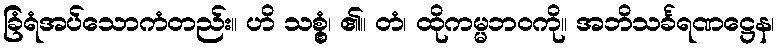
ခြံရံအပ်သောကံတည်း။ ဟိ သစ္စွံ၊ ၏။ တံ၊ ထိုကမ္မဘဝကို။ အဘိသင်္ခရဏဋ္ဌေန၊